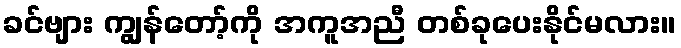
ခင်ဗျား ကျွန်တော့်ကို အကူအညီ တစ်ခုပေးနိုင်မလား။